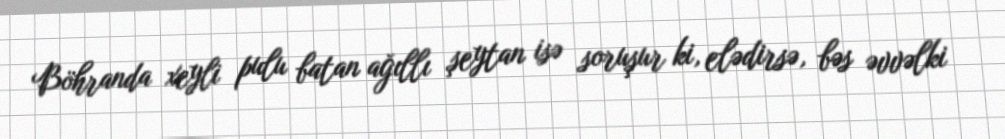
Böhranda xeyli pulu batan ağıllı şeytan isə soruşur ki, elədirsə, bəs əvvəlki